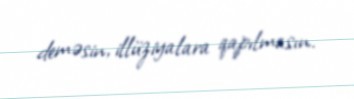
deməsin, illüziyalara qapılmasın.